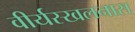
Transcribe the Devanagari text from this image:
वीर्यस्खलनास